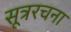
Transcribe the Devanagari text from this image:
सूत्ररचना